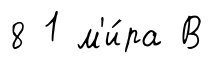
8 1 м'и́ра В